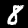
Label: 8